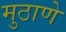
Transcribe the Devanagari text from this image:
मुठाणे